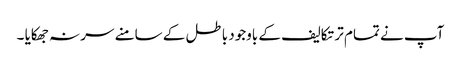
آپ نے تمام تر تکالیف کے باوجود باطل کے سامنے سر نہ جھکایا ۔